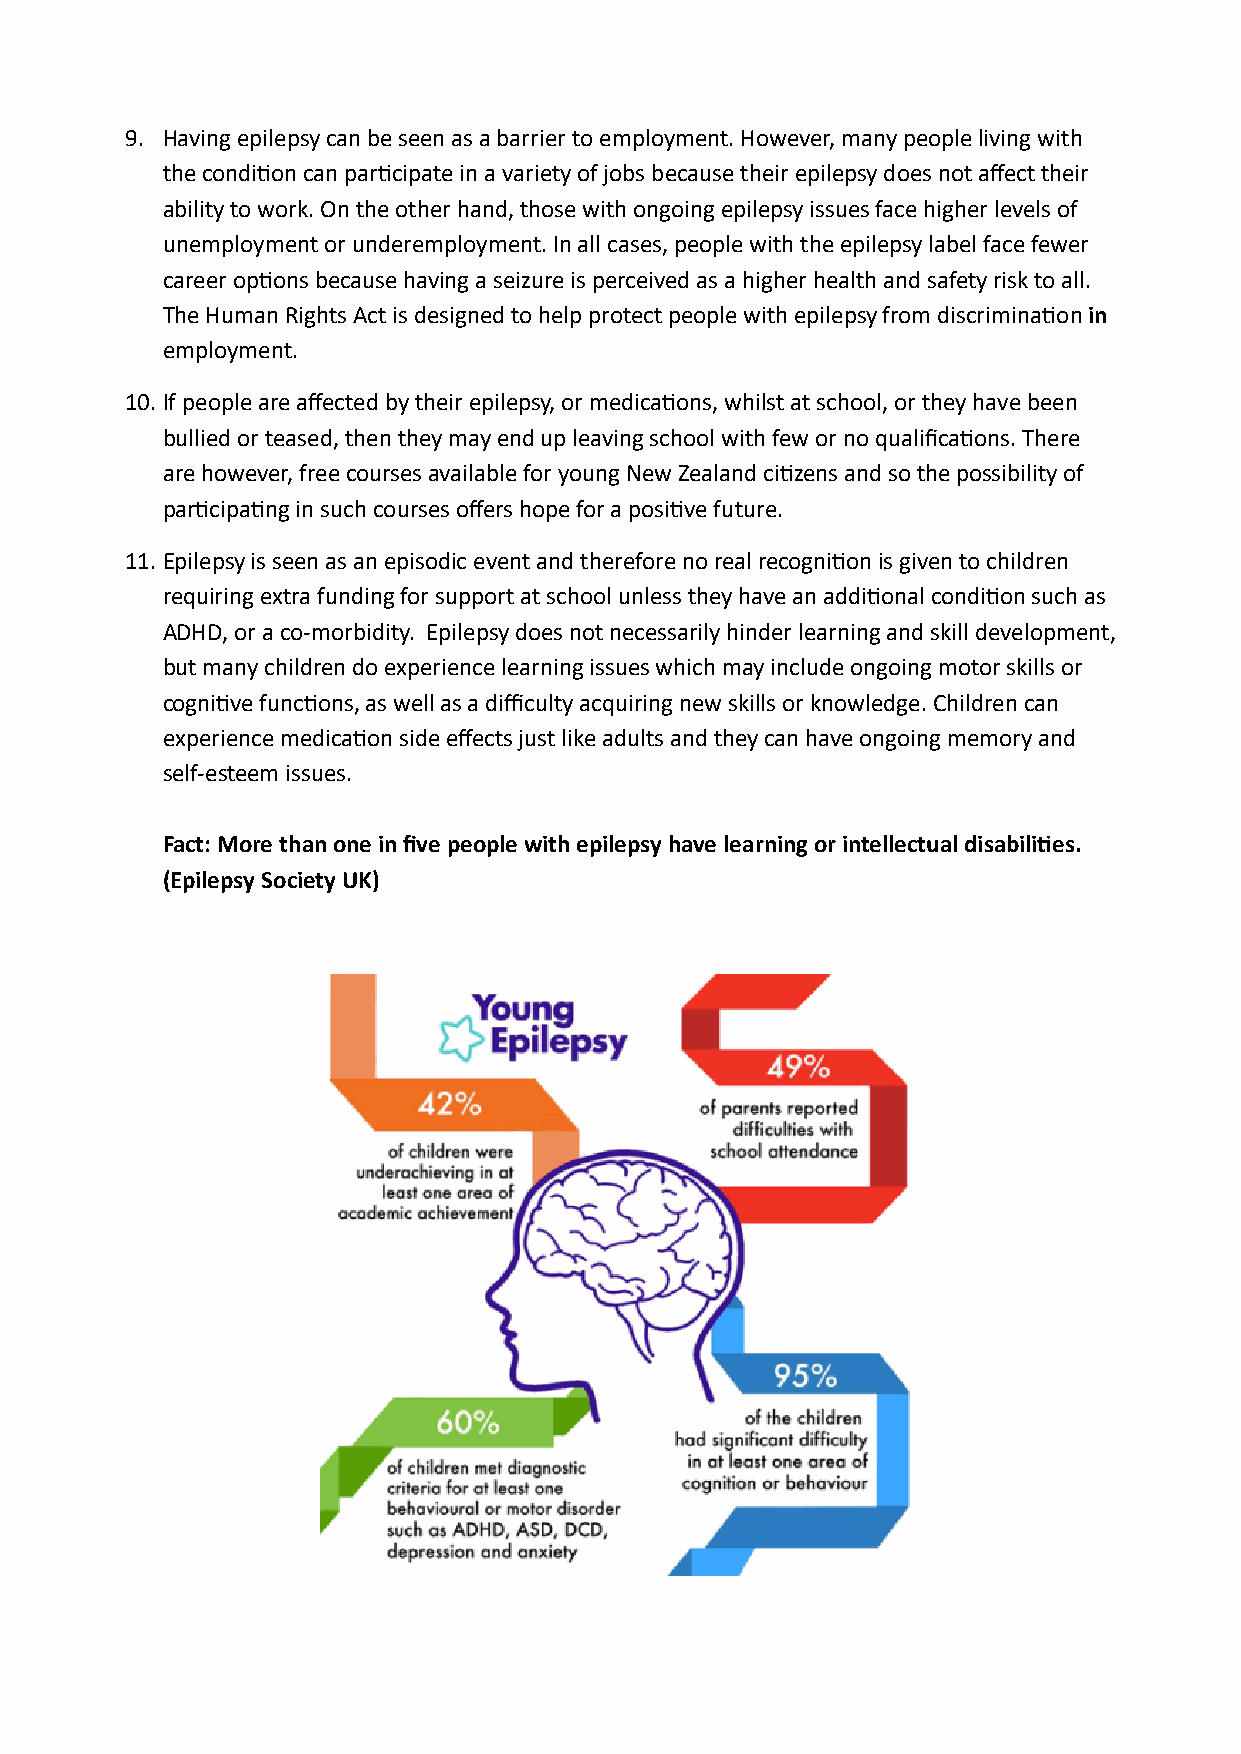
9. Having epilepsy can be seen as a barrier to employment. However, many people living with
 the condition can participate in a variety of jobs because their epilepsy does not affect their
 ability to work. On the other hand, those with ongoing epilepsy issues face higher levels of
 unemployment or underemployment. In all cases, people with the epilepsy label face fewer
 career options because having a seizure is perceived as a higher health and safety risk to all.
 The Human Rights Act is designed to help protect people with epilepsy from discrimination in
 employment.
 10. If people are affected by their epilepsy, or medications, whilst at school, or they have been
 bullied or teased, then they may end up leaving school with few or no qualifications. There
 are however, free courses available for young New Zealand citizens and so the possibility of
 participating in such courses offers hope for a positive future.
 11. Epilepsy is seen as an episodic event and therefore no real recognition is given to children
 requiring extra funding for support at school unless they have an additional condition such as
 ADHD, or a co-morbidity. Epilepsy does not necessarily hinder learning and skill development,
 but many children do experience learning issues which may include ongoing motor skills or
 cognitive functions, as well as a difficulty acquiring new skills or knowledge. Children can
 experience medication side effects just like adults and they can have ongoing memory and
 self-esteem issues.
 Fact: More than one in five people with epilepsy have learning or intellectual disabilities.
 (Epilepsy Society UK)